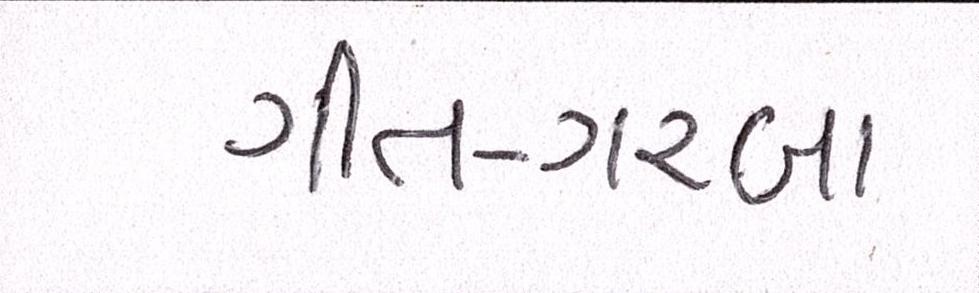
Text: ગીત-ગરબા